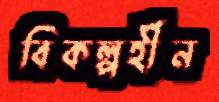
বিকল্পহীন